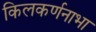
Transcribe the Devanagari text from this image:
किलकर्णनाभा